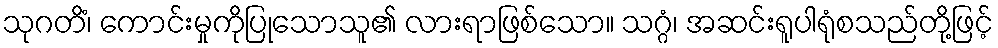
သုဂတိံ၊ ကောင်းမှုကိုပြုသောသူ၏ လားရာဖြစ်သော။ သဂ္ဂံ၊ အဆင်းရူပါရုံစသည်တို့ဖြင့်